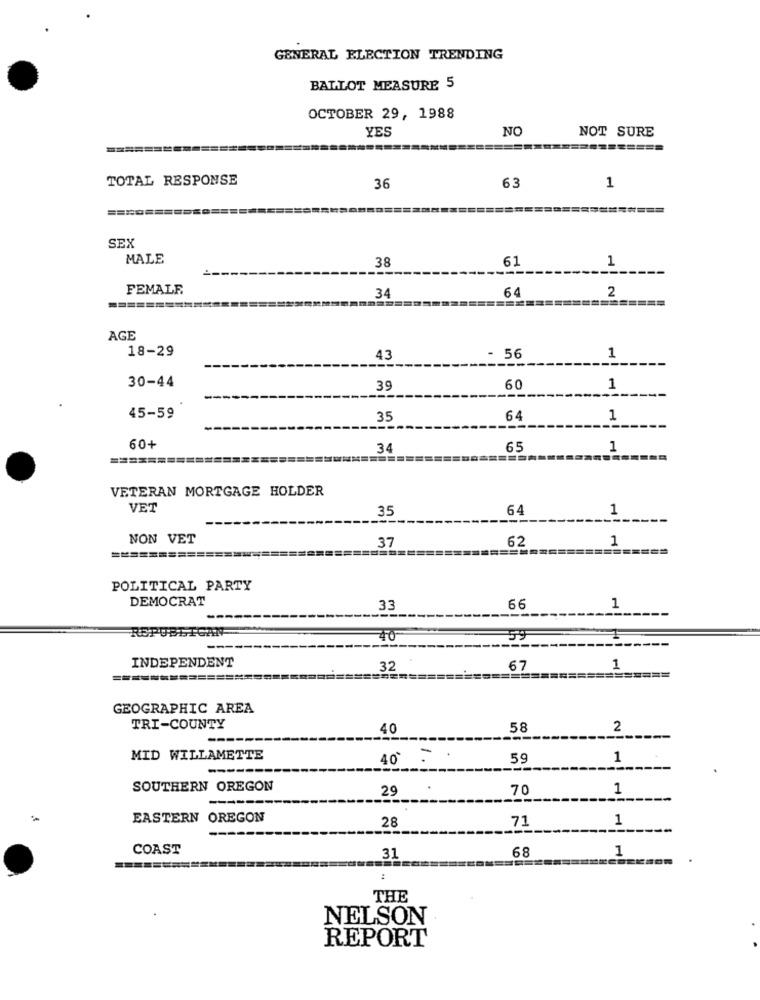
GENERAL ELECTION TRENDING
BALLOT MEASURE 5
OCTOBER 29, 1988
YES
NC
NOT SURE
TOTAL RESPONSE
36
63
1
SEX
MALE
38
61
1
FEMALE
34
64
2
=======
AGE
18-29
43
- 56
1
30-44
39
60
1
45-59
35
64
1
60+
34
65
1
VETERAN MORTGAGE HOLDER
VET
35
64
1
NON VET
62
1
37
=========
POLITICAL PARTY
DEMOCRAT
33
66
1
EGAN
REPUBS
40
59
INDEPENDENT
32
67
1
=============
=====
GEOGRAPHIC AREA
TRI-COUNTY
40
58
2
MID WILLAMETTE
40 -
59
1
SOUTHERN OREGON
29
70
1
EASTERN OREGON
28
71
1
COAST
68
1
31
:
THE
NELSON
REPORT